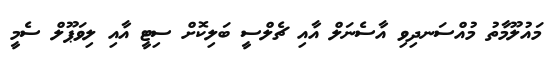
މައުލޫމާތު މުއްސަނދިވި އާސެނަލް އާއި ޗެލްސީ ބަލިކޮށް ސިޓީ އާއި ލިވަޕޫލް ސެމީ